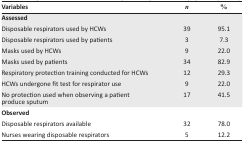
| Variables | n | % |
 | --- | --- | --- |
 | <COLSPAN=3> Assessed |
 | Disposable respirators used by HCWs | 39 | 95.1 |
 | Disposable respirators used by patients | 3 | 7.3 |
 | Masks used by HCWs | 9 | 22.0 |
 | Masks used by patients | 34 | 82.9 |
 | Respiratory protection training conducted for HCWs | 12 | 29.3 |
 | HCWs undergone fit test for respirator use | 9 | 22.0 |
 | No protection used when observing a patient produce sputum | 17 | 41.5 |
 | <COLSPAN=3> Observed |
 | Disposable respirators available | 32 | 78.0 |
 | Nurses wearing disposable respirators | 5 | 12.2 |